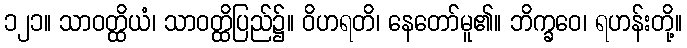
၁၂၁။ သာဝတ္ထိယံ၊ သာဝတ္ထိပြည်၌။ ဝိဟရတိ၊ နေတော်မူ၏။ ဘိက္ခဝေ၊ ရဟန်းတို့။